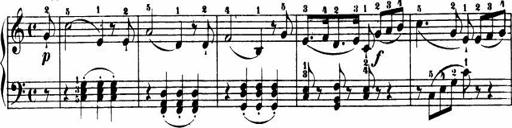
Title: Le bouquetier
Composer: Anton Diabelli
Key: G major
 C major
 F major
 C major